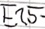
Text: E1.5